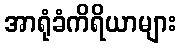
အာရုံခံကိရိယာများ